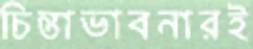
চিন্তাভাবনারই